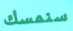
سنمسك